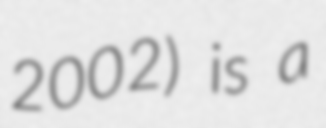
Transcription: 2002) is a